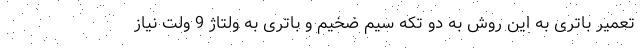
تعمیر باتری به این روش به دو تکه سیم ضخیم و باتری به ولتاژ 9 ولت نیاز